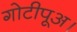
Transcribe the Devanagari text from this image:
गोटीपूअ।